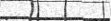
:         :